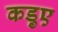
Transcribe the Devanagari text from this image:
कड़ुए